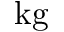
\mathrm { k g }